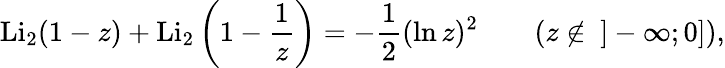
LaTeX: \operatorname{Li}_{2}(1-z)+\operatorname{Li}_{2}\left(1-{\frac{1}{z}}\right)=-{\frac{1}{2}}(\ln z)^{2}\qquad(z\not\in~]-\infty;0]),